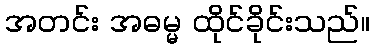
အတင်း အဓမ္မ ထိုင်ခိုင်းသည်။